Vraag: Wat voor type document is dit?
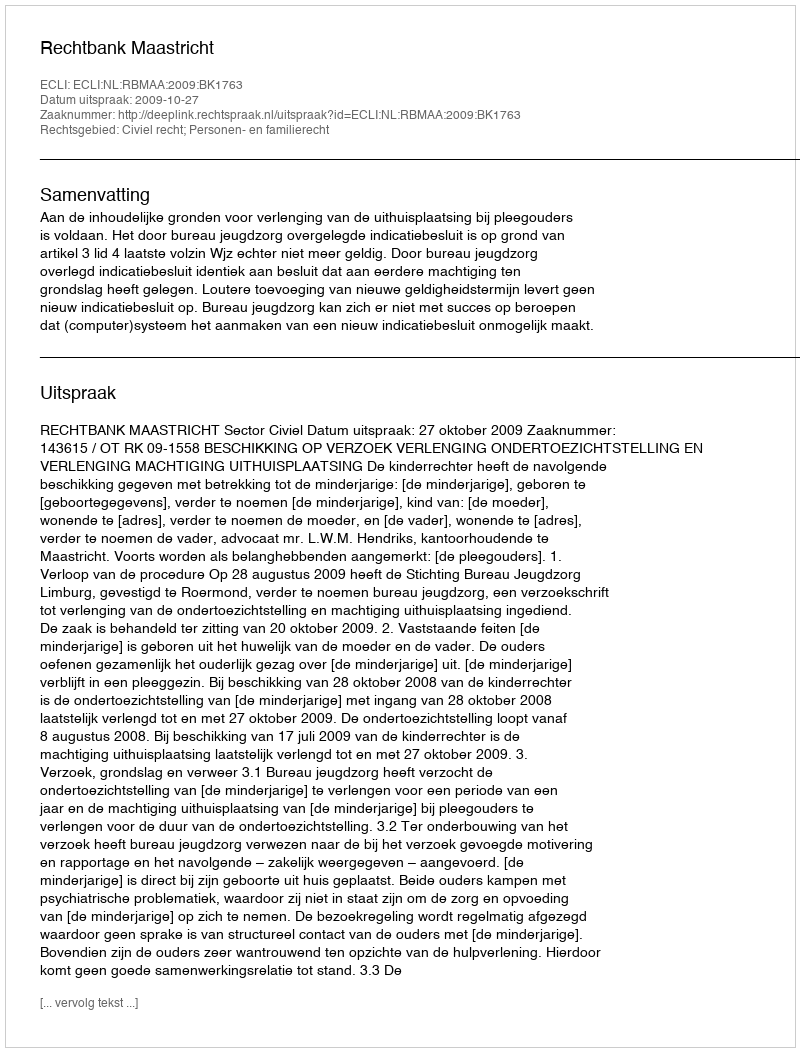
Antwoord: Uitspraak